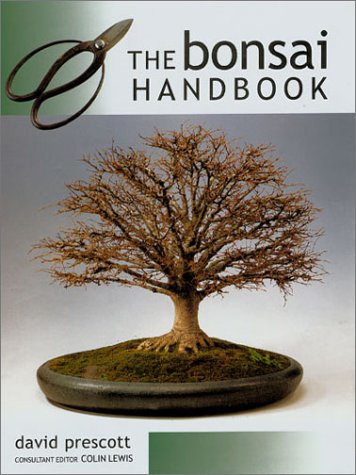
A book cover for The Bonsai Handbook; David Prescott; Crafts, Hobbies & Home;